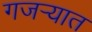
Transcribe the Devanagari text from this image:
गजर्‍यात